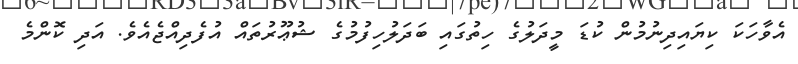
އެވާހަކަ ކިޔައިދިނުމުން ކުޑަ މީދަލުގެ ހިތުގައި ބަދަލުހިފުމުގެ ޝުޢޫރުތައް އުފެދިއްޖެއެވެ. އަދި ކޮންމެ